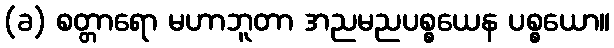
(ခ) စတ္တာရော မဟာဘူတာ အညမညပစ္စယေန ပစ္စယော။